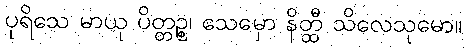
ပုရိသေ မာယု ပိတ္တဉ္စ၊ သေမှော နိတ္ထီ သိလေသုမော။